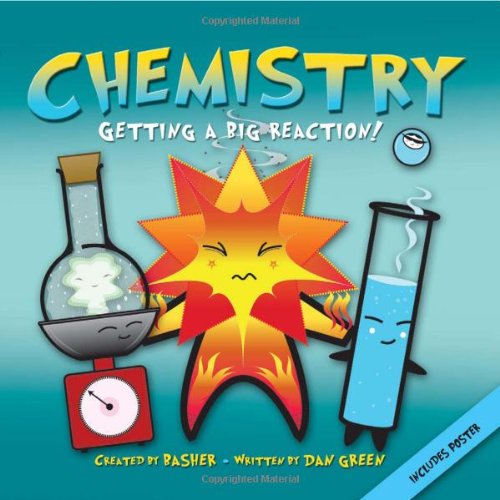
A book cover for Basher Science: Chemistry: Getting a Big Reaction; Simon Basher; Children's Books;